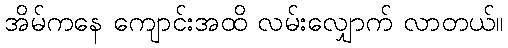
အိမ်ကနေ ကျောင်းအထိ လမ်းလျှောက် လာတယ်။